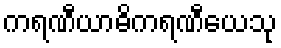
ကရဏီယာဓိကရဏီယေသု